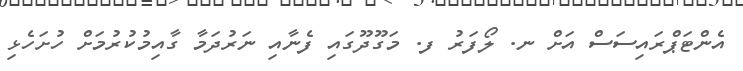
އެންޓަޕްރައިސަސް އަށް ނ. ލޯފަރު ފ. މަގޫދޫގައި ފެނާއި ނަރުދަމާ ގާއިމުކުރުމަށް ހުށަހެޅި